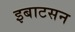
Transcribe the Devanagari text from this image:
इबाटसन